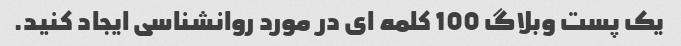
یک پست وبلاگ 100 کلمه ای در مورد روانشناسی ایجاد کنید.